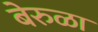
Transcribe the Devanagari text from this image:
बेरुळा